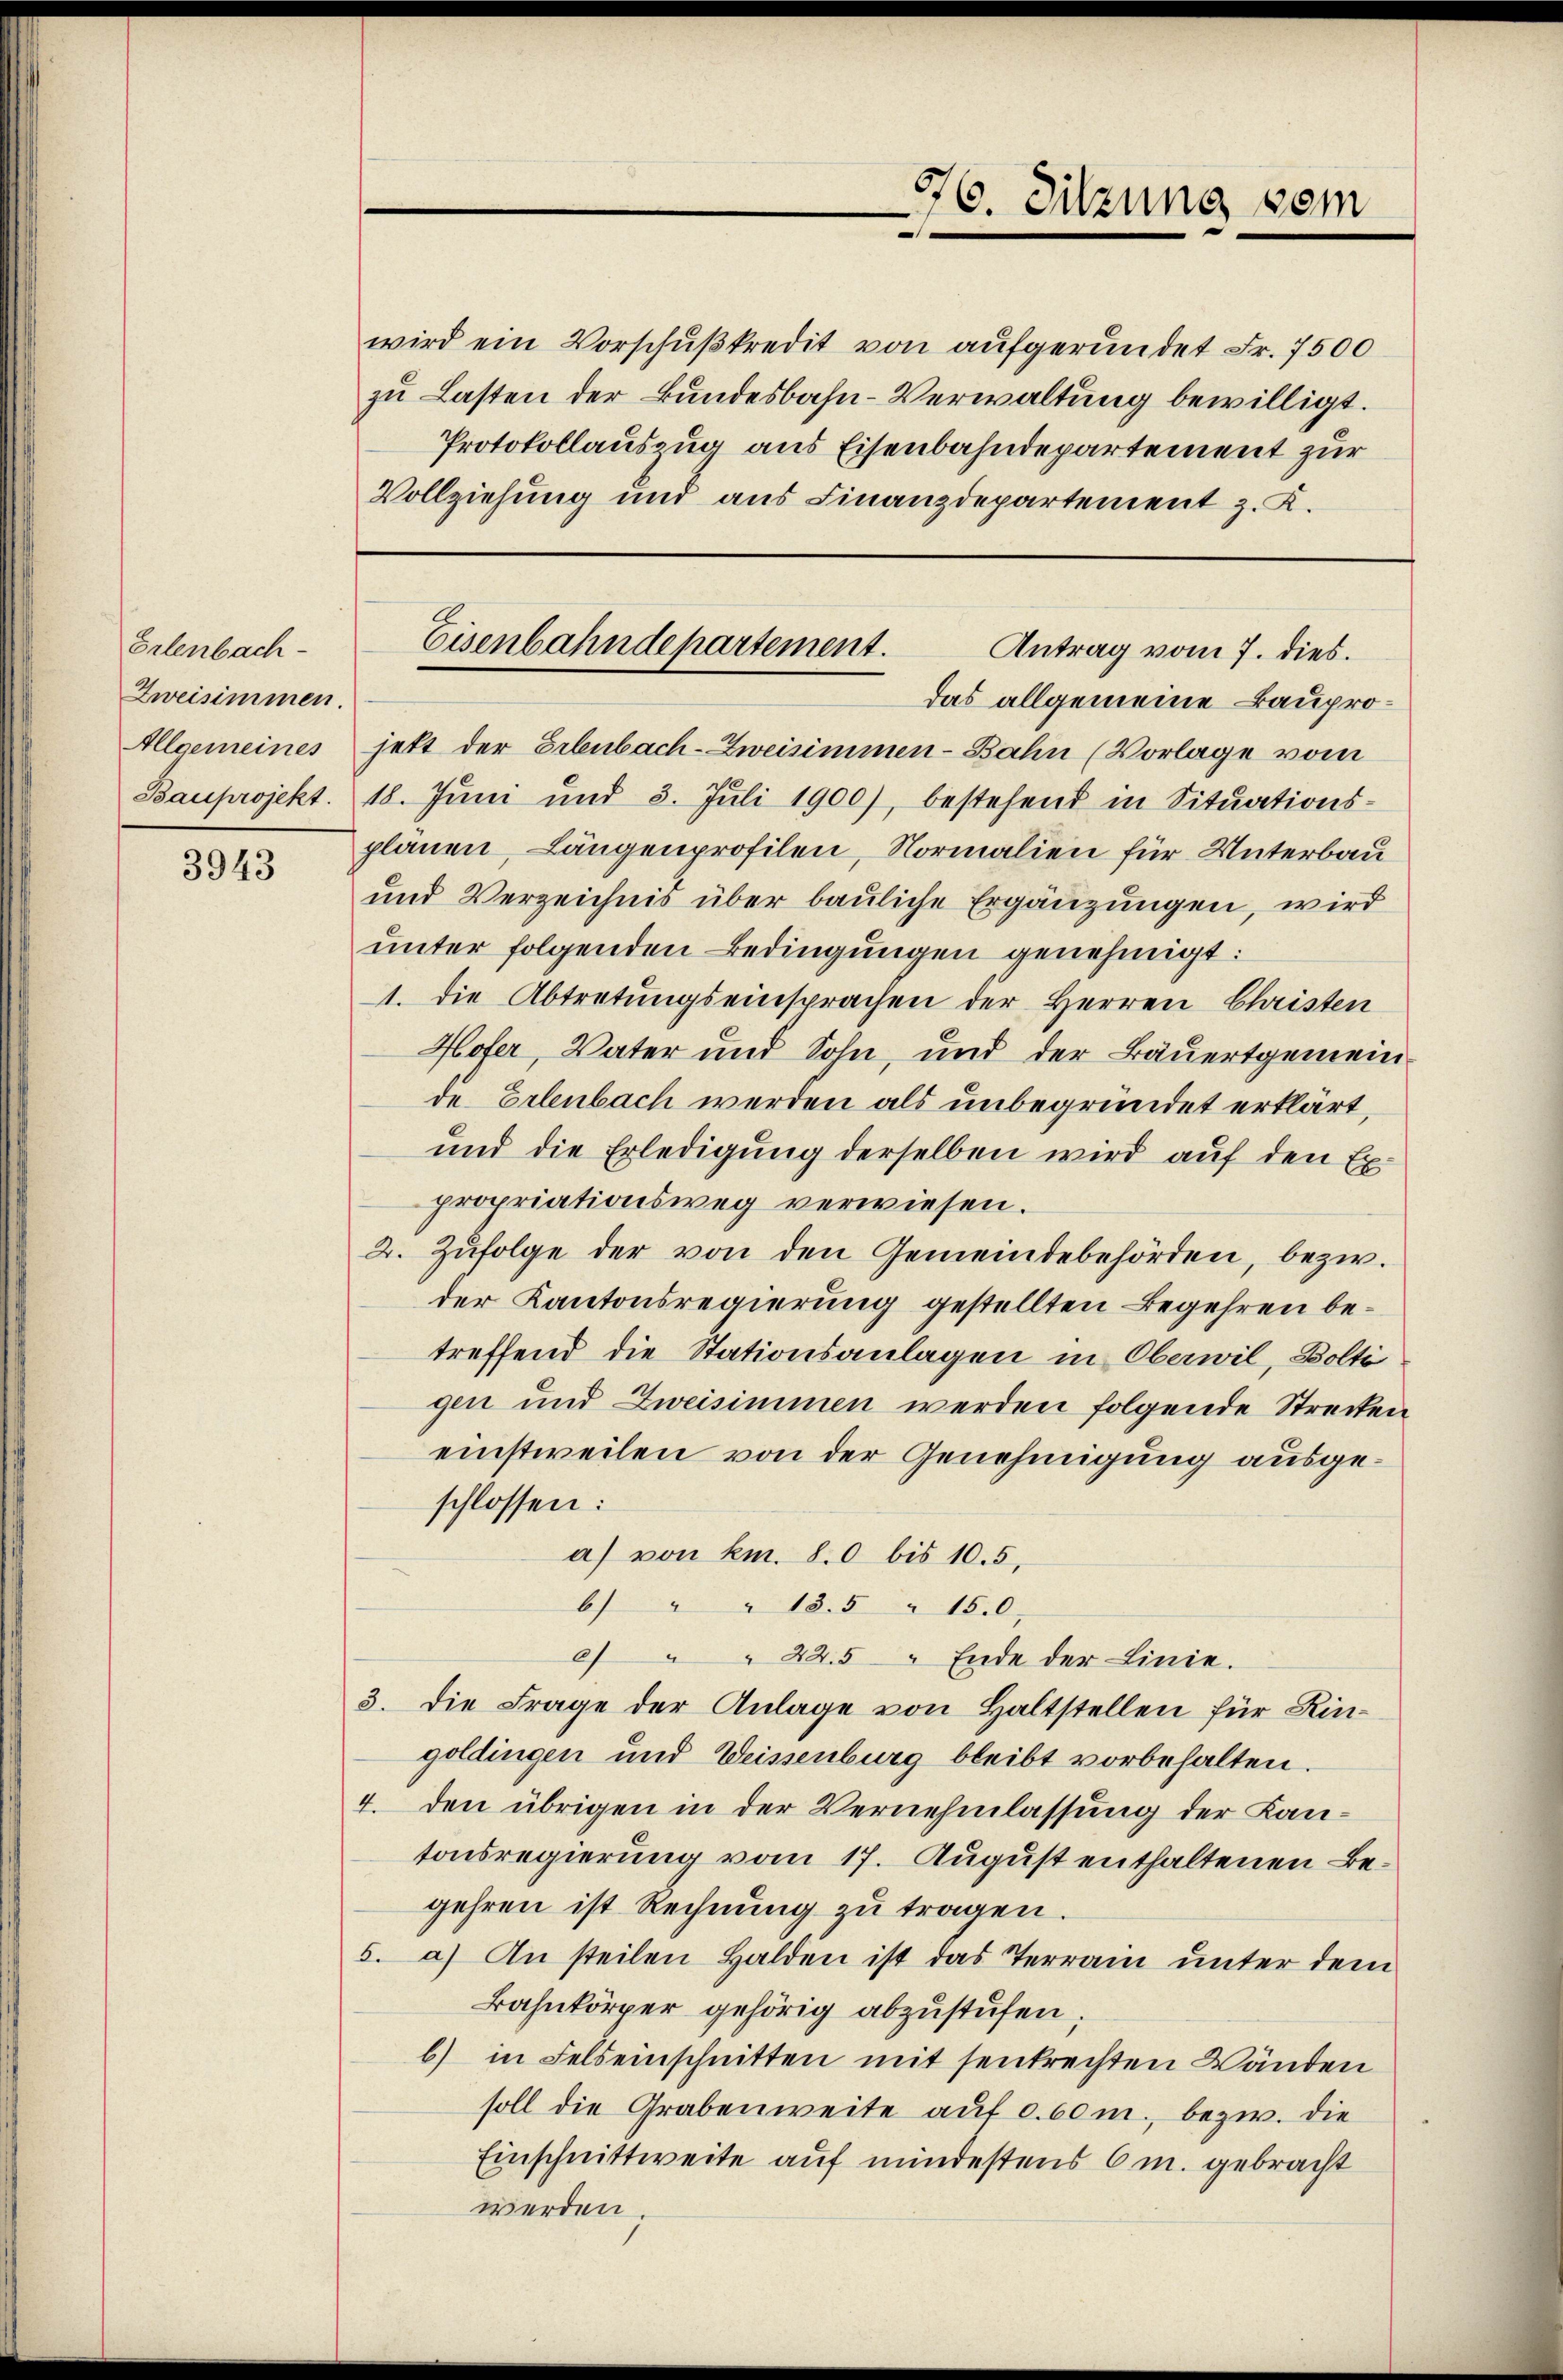
Erlenbach-
Zweisimmen.

3943

wird ein Vorschußkredit von aufgeründet Fr. 7500
zu Lasten der Bundesbahn-Verwaltung bewilligt.
Protokollauszug aus Eisenbahndepartement zur
Vollziehung und aus Finanzdepartement z. K.

das allgemeine Baupro¬
Allgemeines jett der Erlenbach-Zweisimmen-Bahn (Vorlage vom
Bauprojekt. 18. Jŭni und 8. Jŭli 1900), bestehend in Sitŭations-
planen, Längenprofilen, Normalien für Unterbau
und Verzeichnis über bauliche Ergänzungen, wird
unter folgenden Bedingungen genehmigt:
1. die Abtretungseinsprachen der Herren Christen
Hofer, Vater und Sohn, und der Bauertgemeinde Erlenbach werden als unbegründet erklärt,
und die Erledigung derselben wird auf den Expropriationsweg verwiesen.
2. Zŭfolge der von den Gemeindebehörden, bezw.
der Kantonsregierung gestellten Begehren betreffend die Stationsanlagen in Oberwil, Bolti
gen und Zweisimmen werden folgende Strecken
einstweilen von der Genehmigung ausgeschlossen:
a) von km. 80 bis 10.5.
6 " " 135 " 150.
c) " " 225 " Ende der Linie.
3. Die Frage der Anlage von Haltstellen für Kingoldingen und Weissenburg bleibt vorbehalten.
4. den übrigen in der Vernehmlassung der Kantonsregierung vom 17. August enthaltenen Begehren ist Rechnung zu tragen.
5. a) An steilen Halden ist das Terrain unter dem
Bahnkörper gehörig abzustufen;
b) in Felseinschnitten mit senkrechten Wänden
soll die Grabenweite auf 0.60 m., bezw. die
Einschnittweite auf mindestens 6 m. gebracht
werden.

976. Sitzung vom

Eisenbahndepartement.
Antrag vom 7. dies.